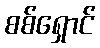
စစ်ရှောင်